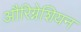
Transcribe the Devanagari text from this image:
औरिग्नेशियन